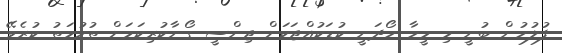
ފުލުހުން ބުނީ މި މީހާ ހޯދަނީ ކުޑަކުއްޖަކަށް ޖިންސީ ގޯނާކުރިކަމަށް ތުހުމަތު ކުރެވޭ